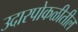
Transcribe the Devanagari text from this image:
उदारपोकळीतील